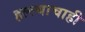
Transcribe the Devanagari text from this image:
हल्ल्याचाही